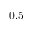
0 . 5